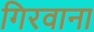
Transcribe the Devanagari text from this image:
गिरवाना